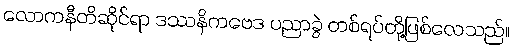
လောကနီတိဆိုင်ရာ ဒဿနိကဗေဒ ပညာခွဲ တစ်ရပ်တို့ဖြစ်လေသည်။